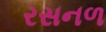
રસનળ